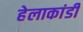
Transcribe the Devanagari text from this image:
हेलाकांडी